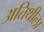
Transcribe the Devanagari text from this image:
अतिथीला